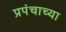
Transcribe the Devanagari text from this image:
प्रपंचाच्या